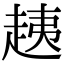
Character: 𧻑